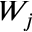
W _ { j }